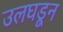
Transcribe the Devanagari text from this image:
उलघडून